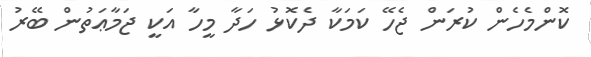
ކޮންމެހެން ކުރަން ޖެހޭ ކަމަކާ ދެކޮޅު ހަދާ މީހާ އަކީ ޖަމާޢަތުން ބޭރު